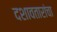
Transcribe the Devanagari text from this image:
दशावतारांचा